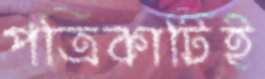
পত্রিকাটিই